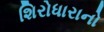
શિરોધારાનો